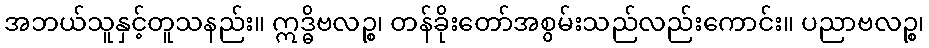
အဘယ်သူနှင့်တူသနည်း။ ဣဒ္ဓိဗလဉ္စ၊ တန်ခိုးတော်အစွမ်းသည်လည်းကောင်း။ ပညာဗလဉ္စ၊